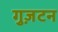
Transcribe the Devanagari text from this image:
गुज़टन